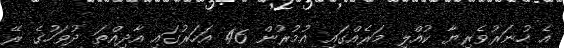
އެ ހުނަރުވެރިޔާ ކުއްލި މަރެއްގައި އުމުރުން 46 އަހަރުގައި އާދިއްތަ ދުވަހުގެ ރޭ